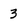
Character: 3